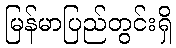
မြန်မာပြည်တွင်းရှိ